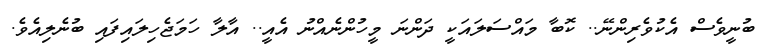
ބުނީވެސް އެކުވެރިންނޭ.. ކޮބާ މައްސަލައަކީ ދަންނަ މީހުންނެއްނު އެއީ.. އާލާ ހަމަޖެހިލައިފައި ބުނެލިއެވެ.